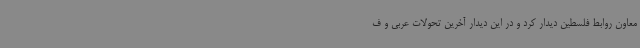
معاون روابط فلسطین دیدار کرد و در این دیدار آخرین تحولات عربی و ف